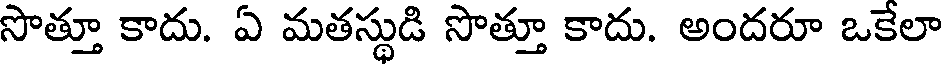
సొత్తూ కాదు. ఏ మతస్థుడి సొత్తూ కాదు. అందరూ ఒకేలా